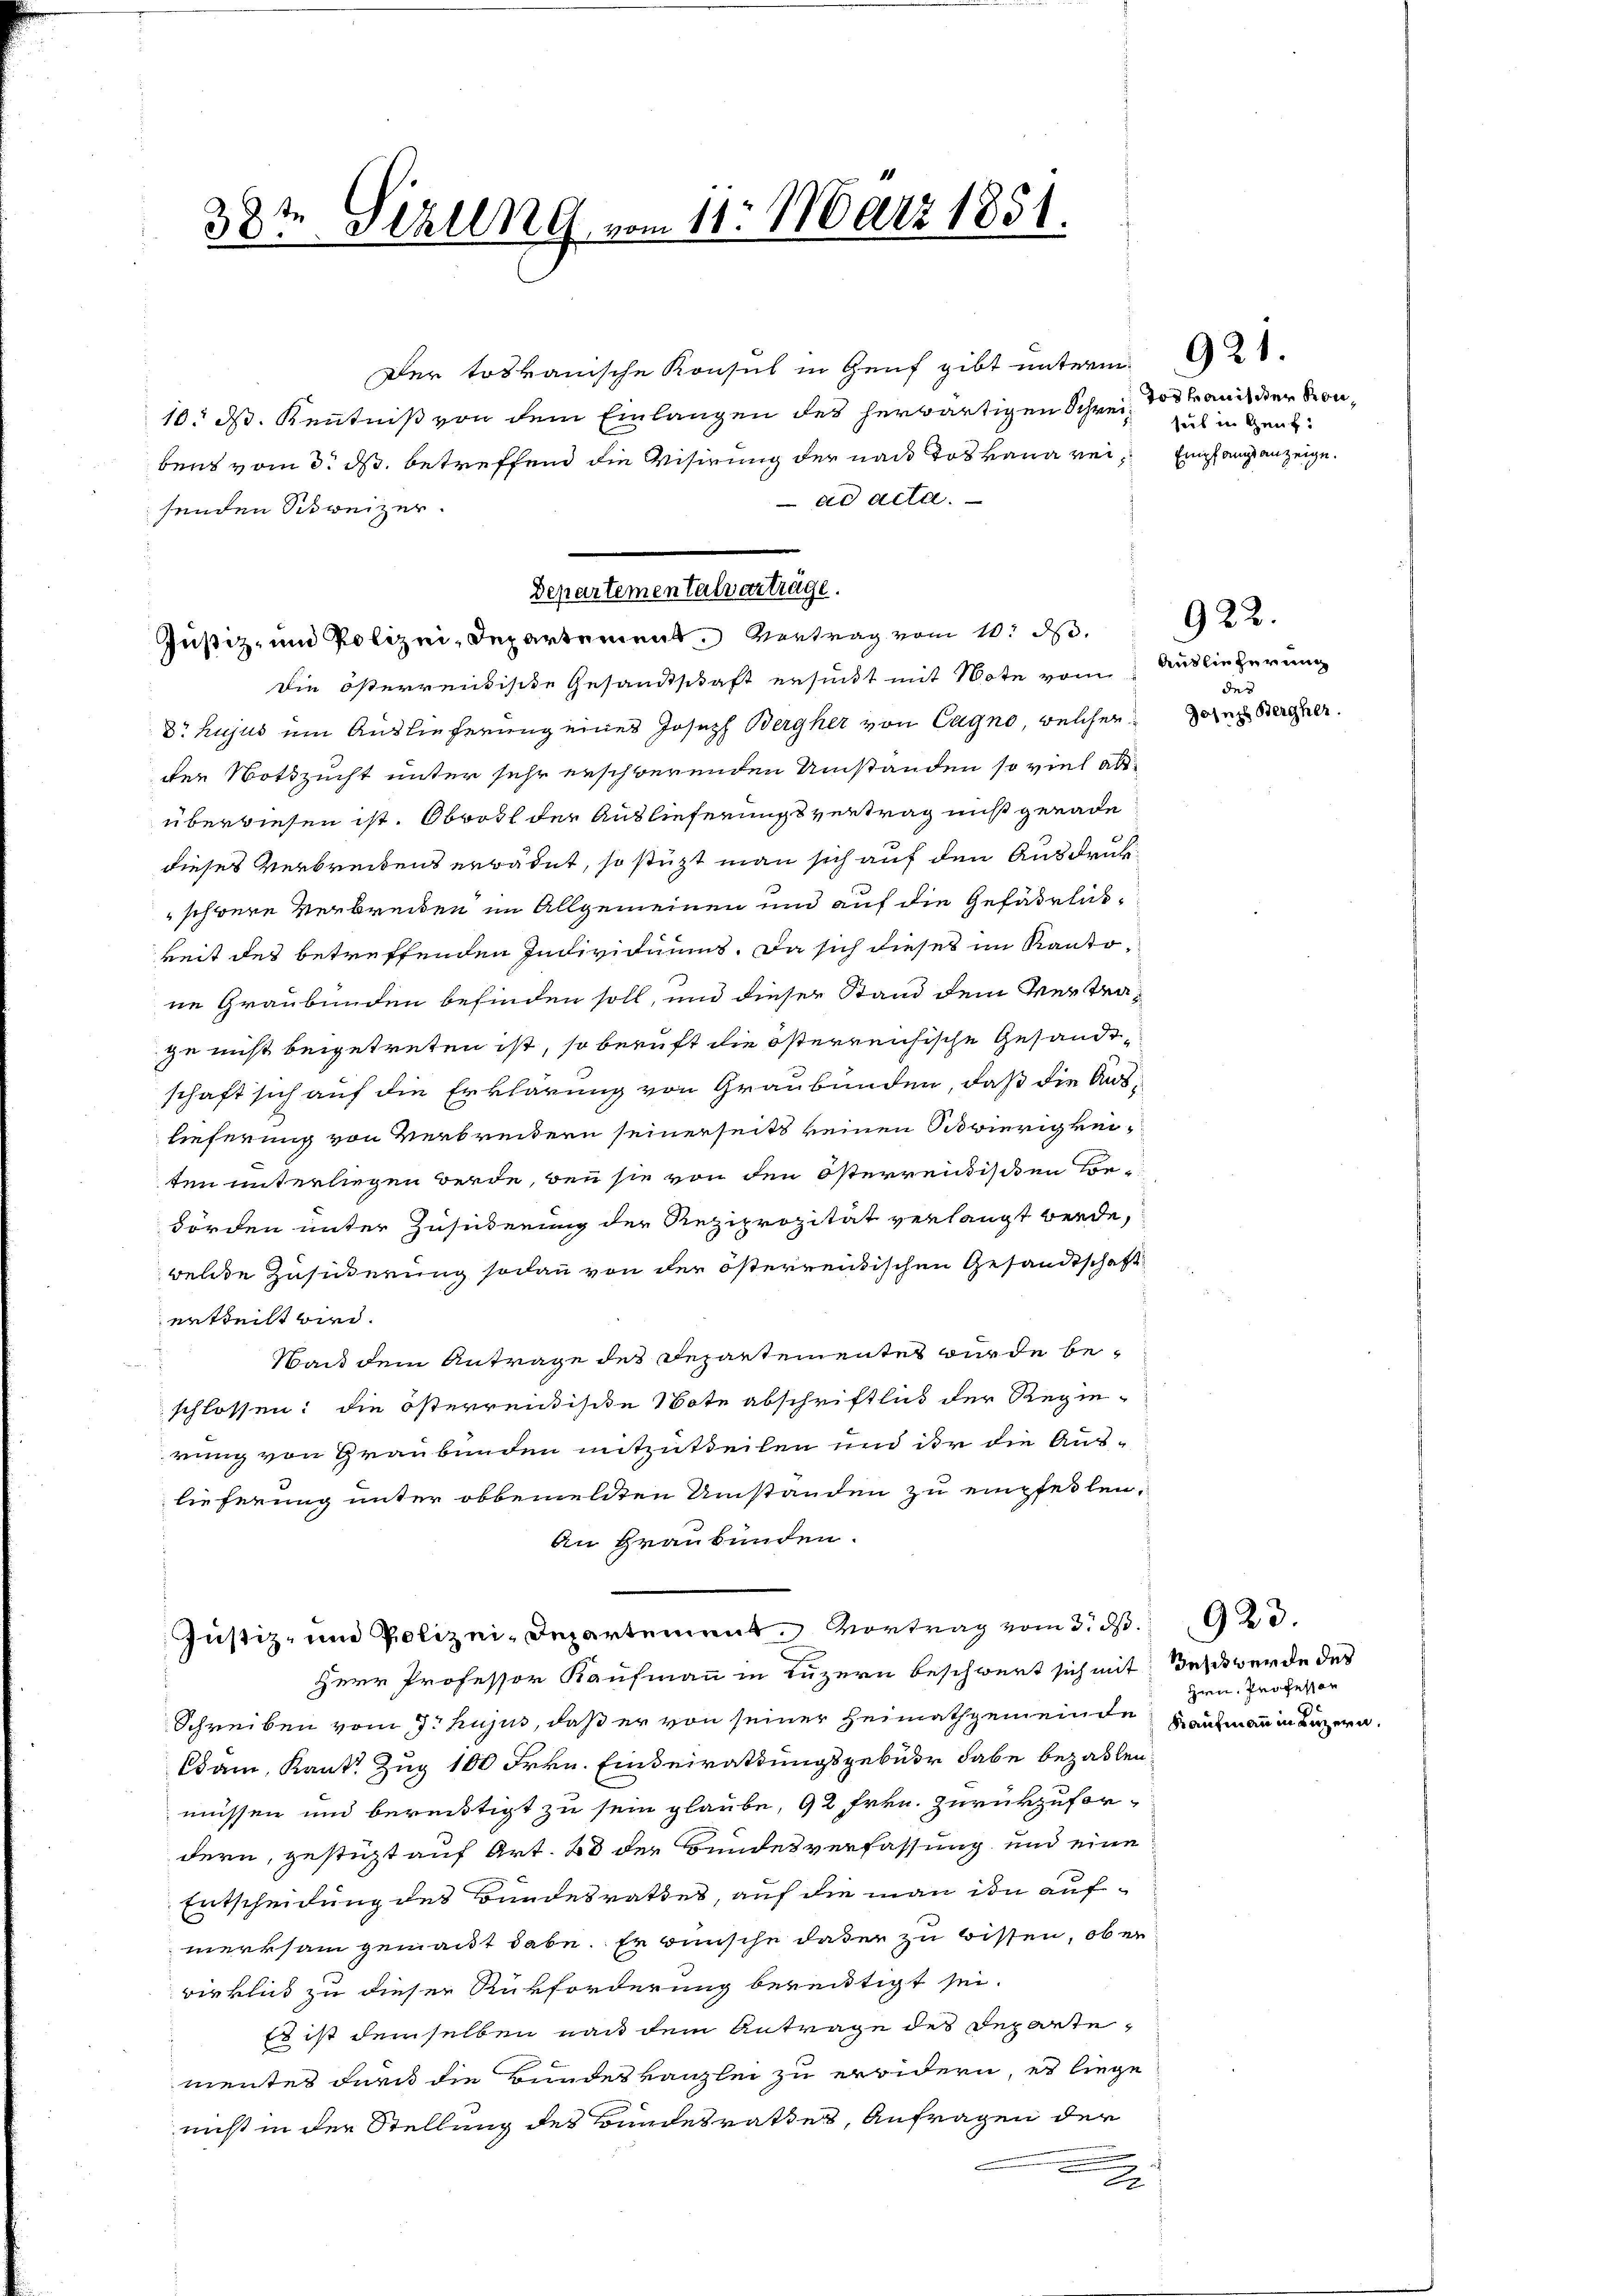
te Sirung vom 11. März 1851.
38.

Departementalverträge.
Justiz- und Polizei, Departement. Vertrag vom 10. ds.
die österrendische Gesandtschaft ersucht mit Note vom

Justiz- und Polizei-Departement. Vortrag vom 3. d. 23.
Herr Professor Kaufmann in Luzern beschwert sich mit Beschwerde des

Schreiben vom 7. hujus, daß er von seiner Heimathgemeinde
däm, Kant. Zug 100 Frkn. Einseirathungsgebühr habe bezahlen
müssen und bereitigt zu sein glaube, 92 Frkn. Zurückzufordern, gestigt auf Art. 28 der Bundesverfassung und eine
Entscheidung des Bundesrathes, auf die man in aufmerksam gemacht habe. Er wünsche daser zu bissen, ob er
wirklich zu dieser Rückforderung bereitigt sei.
Es ist demselben nach dem Antrage des Departementes durch die Bundeskanzlei zu erwidern, es liege
nicht in der Stellung des Bundesrathes, Anfragen der
2

Der totanische Konsul in Genf gibt unterm 21.
10. ds. Kenntniß von dem Einlangen des herwärtigen Schweiz zu in ganz
bens vom 3. ds. betreffend die Visirung der nach das Bana rei¬ Empfangsanzeige.
ad acta.
senden Schweizer.
Dr hujus um Auslieferung eines Joseph Bergher von Cagno, welcherder Nothzucht unter sehr erschwerenden Umstanden so viel absüberwiesen ist. Obrott der Auslieferungsvertrag nicht gerade
dieses Verbreitens erbadet, so stützt man sich auf den Ausdrukschwere Verbreiden im Allgemeinen und auf die Gefährlickeit des betreffenden Individuums. Da sich dieses im Kantone Graubünden befinden soll, und dieser Stand dem Vertrage nicht beigetreten ist, so beruft die österreichische Gesandtschaft sich auf die Erklärung von Graubünden, daß die Aus-
lieferung von Verbreidern seinerseits keinen Sovierigkeiten unterliegen werde, bei sie von den österreidischen Bor¬
Förden unter Zusuderung der Reziprozität verlangt werde,
welche Zusicherung sodann von der österrentischen Gesandtschaft
ertheilt wird.
Wald dem Antrage des Departementes wurde beschlossen: die österreichische Note abschriftlich der Regie-
rung von Graubünden mitzutheilen und ihr die Auslieferung unter obbemeldten Umständen zu empfeilen.
An Graubünden.

Jos Manister Kon¬

Auslieferung
des
Joseph Bergher.

922.

Hrn. Professor
Kaufmann in Luzern,